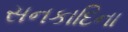
સનકાદિના